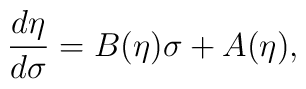
\frac{d\eta}{d\sigma} = B(\eta) \sigma + A(\eta),